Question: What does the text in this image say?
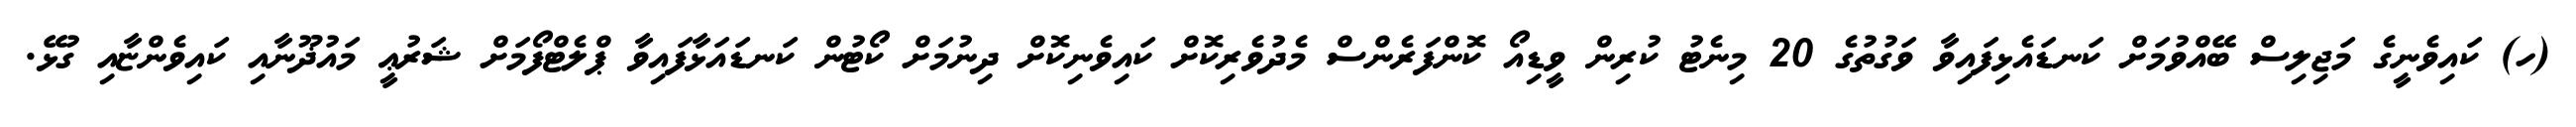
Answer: (ހ) ކައިވެނީގެ މަޖިލިސް ބޭއްވުމަށް ކަނޑައެޅިފައިވާ ވަގުތުގެ 20 މިނެޓު ކުރިން ވީޑިއޯ ކޮންފަރެންސް މެދުވެރިކޮށް ކައިވެނިކޮށް ދިނުމަށް ކޯޓުން ކަނޑައަޅާފައިވާ ޕްލެޓްފޯމަށް ޝަރުޢީ މައުޛޫނާއި ކައިވެންޏާއި ގުޅޭ.